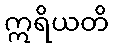
ဣရိယတိ